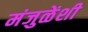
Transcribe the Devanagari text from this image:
मंजुळेंशी